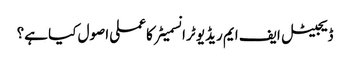
ڈیجیٹل ایف ایم ریڈیو ٹرانسمیٹر کا عملی اصول کیا ہے؟